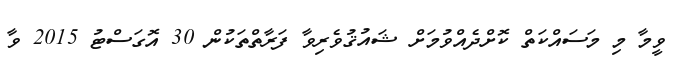
ވީމާ މި މަސައްކަތް ކޮށްދެއްވުމަށް ޝައުޤުވެރިވާ ފަރާތްތަކުން 30 އޮގަސްޓު 2015 ވާ